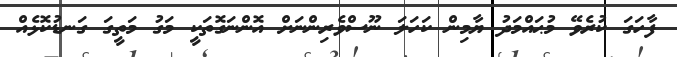
ފާހަގަ ކުރެވޭ މުޙައްމަދު ޔާމިން ކަހަލަ ނޫސްވެރިންނަށް އޮންނަގޮތަކީ މަގު މަތީގަ ގަނޑުކޮޅެއް